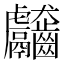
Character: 𪚊